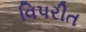
વિપરીત